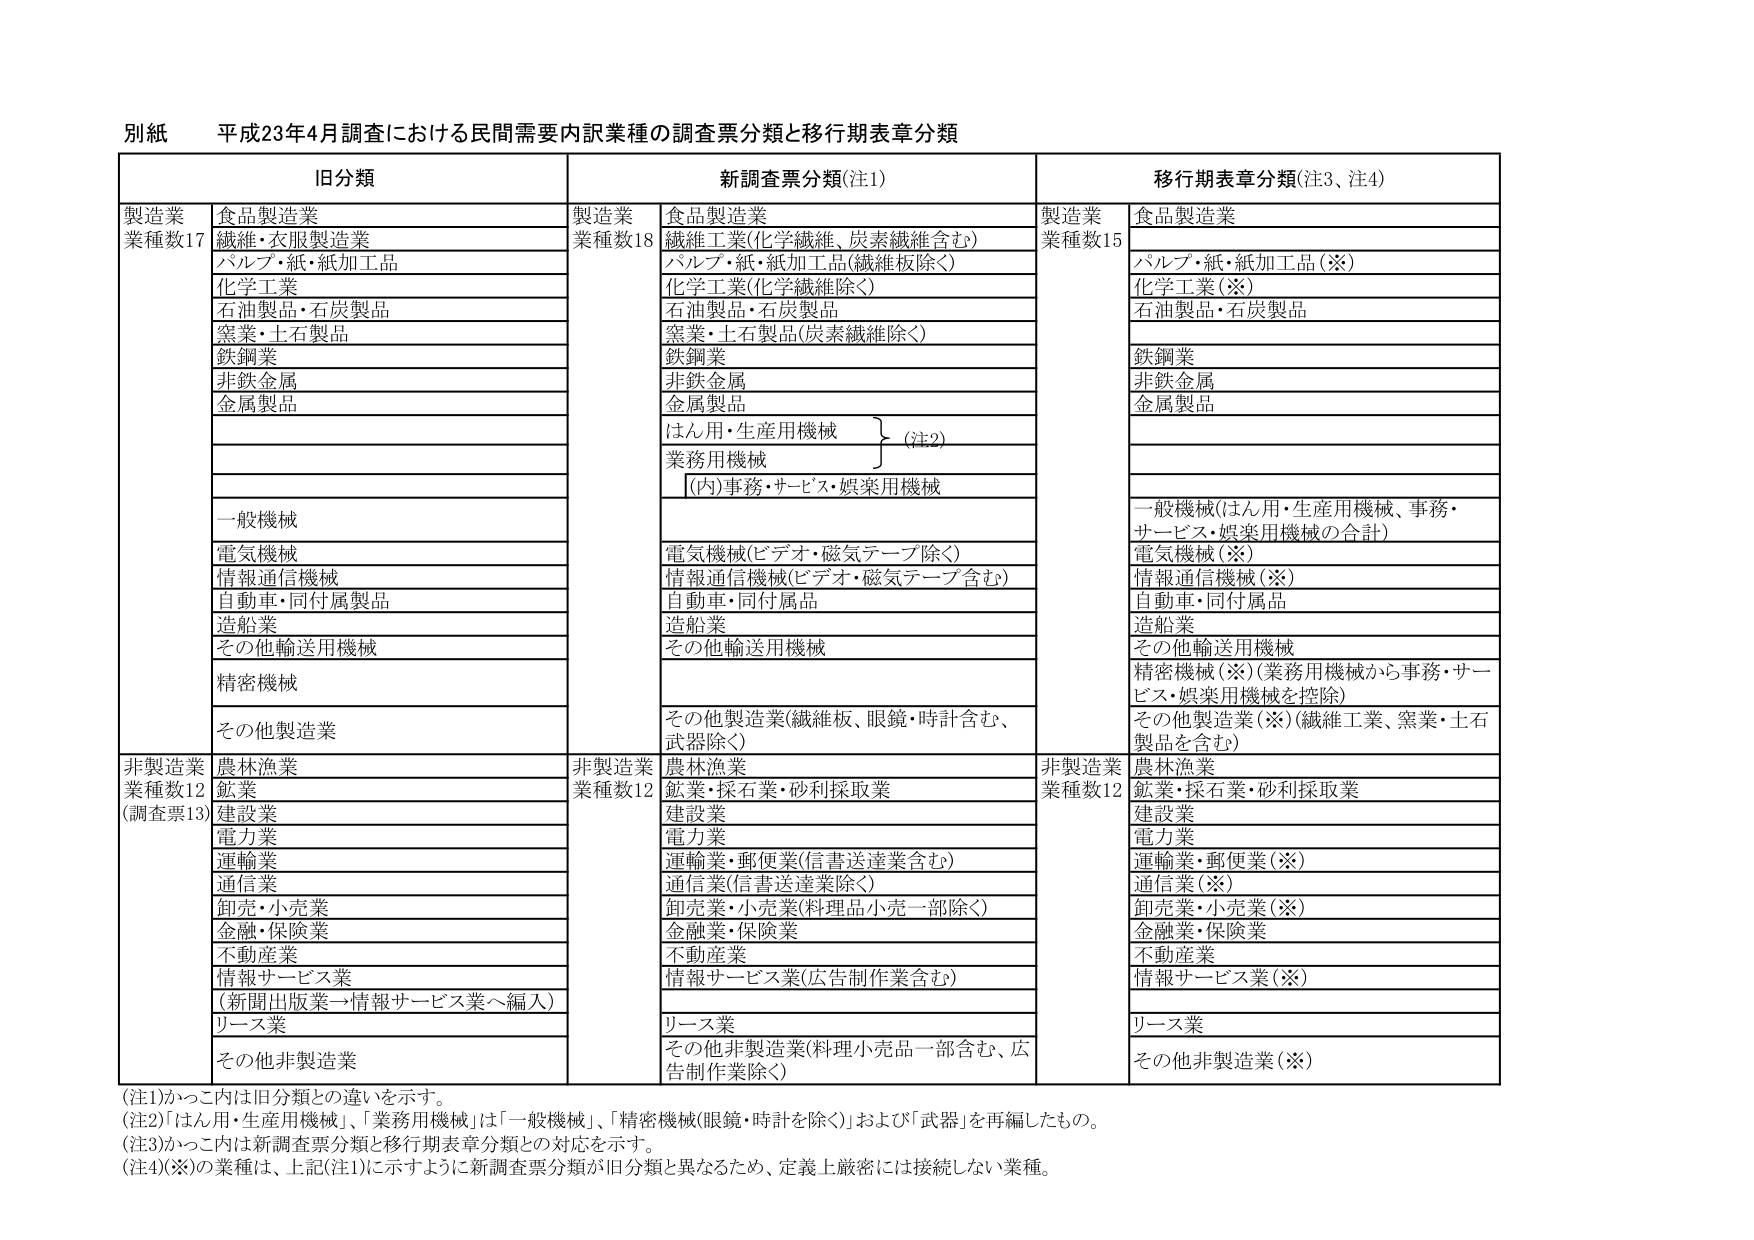
別紙 平成23年4月調査における民間需要内訳業種の調査票分類と移行期表章分類

旧分類 新調査票分類(注1) 移行期表章分類(注3、注4)

製造業 業種数17 食品製造業 製造業 業種数18 食品製造業 製造業 業種数15 食品製造業
繊維・衣服製造業 繊維工業(化学繊維、炭素繊維含む) パルプ・紙・紙加工品(※)
パルプ・紙・紙加工品 パルプ・紙・紙加工品(繊維板除く) 化学工業(※)
化学工業 化学工業(化学繊維除く) 石油製品・石炭製品
石油製品・石炭製品 石油製品・石炭製品
窯業・土石製品 窯業・土石製品(炭素繊維除く)
鉄鋼業 鉄鋼業 鉄鋼業
非鉄金属 非鉄金属 非鉄金属
金属製品 金属製品 金属製品
はん用・生産用機械 (注2)
業務用機械
[(内)事務・サービス・娯楽用機械
一般機械 一般機械(はん用・生産用機械、事務・サービス・娯楽用機械の合計)
電気機械 電気機械(ビデオ・磁気テープ除く) 電気機械(※)
情報通信機械 情報通信機械(ビデオ・磁気テープ含む) 情報通信機械(※)
自動車・同付属製品 自動車・同付属品 自動車・同付属品
造船業 造船業 造船業
その他輸送用機械 その他輸送用機械 その他輸送用機械
精密機械 精密機械(※)(業務用機械から事務・サービス・娯楽用機械を控除)
その他製造業 その他製造業(繊維板、眼鏡・時計含む、武器除く) その他製造業(※)(繊維工業、窯業・土石製品を含む)

非製造業 業種数12 (調査票13) 農林漁業 非製造業 業種数12 農林漁業 非製造業 業種数12 農林漁業
鉱業 鉱業・採石業・砂利採取業 鉱業・採石業・砂利採取業
建設業 建設業 建設業
電力業 電力業 電力業
運輸業 運輸業・郵便業(信書送達業含む) 運輸業・郵便業(※)
通信業 通信業(信書送達業除く) 通信業(※)
卸売・小売業 卸売業・小売業(料理品小売一部除く) 卸売業・小売業(※)
金融・保険業 金融業・保険業 金融業・保険業
不動産業 不動産業 不動産業
情報サービス業 情報サービス業(広告制作業含む) 情報サービス業(※)
(新聞出版業→情報サービス業へ編入)
リース業 リース業 リース業
その他非製造業 その他非製造業(料理小売品一部含む、広告制作業除く) その他非製造業(※)

(注1)かっこ内は旧分類との違いを示す。
(注2)「はん用・生産用機械」、「業務用機械」は「一般機械」、「精密機械(眼鏡・時計を除く)」および「武器」を再編したもの。
(注3)かっこ内は新調査票分類と移行期表章分類との対応を示す。
(注4)(※)の業種は、上記(注1)に示すように新調査票分類が旧分類と異なるため、定義上厳密には接続しない業種。